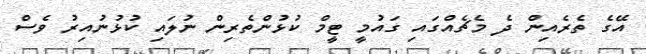
އޭގެ ތެރެއިން ދެ މެޗެއްގައި ގައުމީ ޓީމް ކުޅުންތެރިން ނުލައި ކުޅުނުއިރު ވެސް